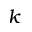
k